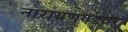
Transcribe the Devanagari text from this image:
नारायणगडवर